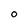
Character: O